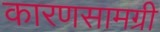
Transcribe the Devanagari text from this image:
कारणसामग्री